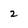
Character: 2